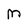
Character: M